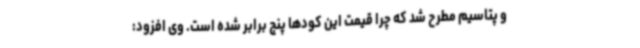
و پتاسیم مطرح شد که چرا قیمت این کودها پنج برابر شده است. وی افزود: